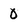
Character: 0